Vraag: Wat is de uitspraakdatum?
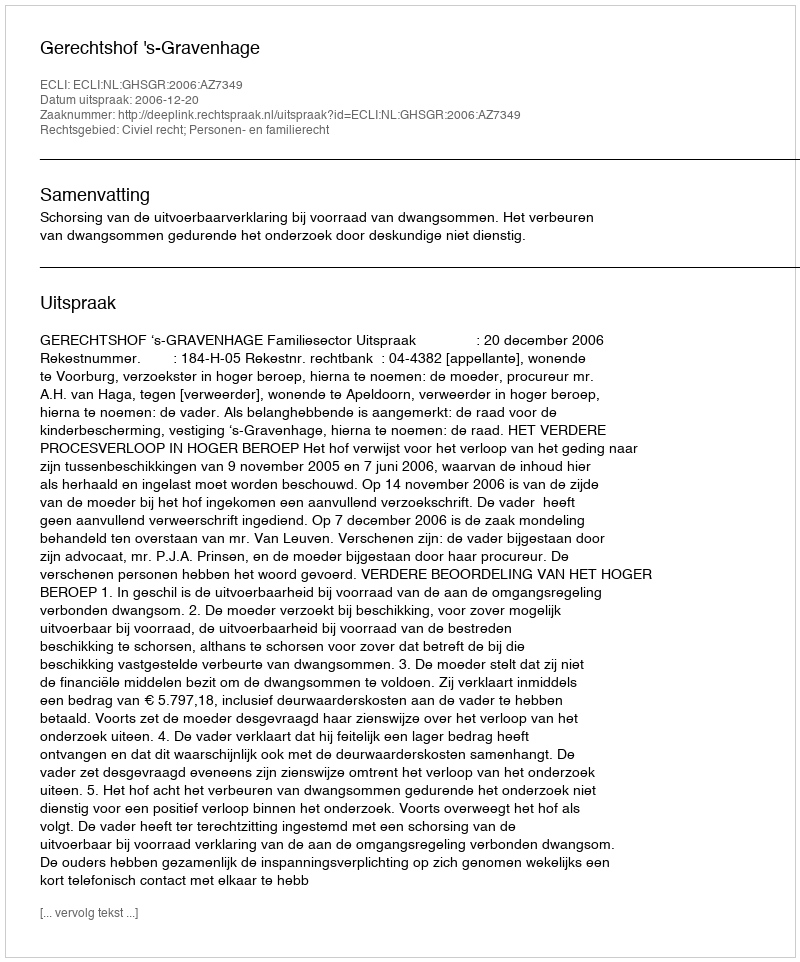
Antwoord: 2006-12-20